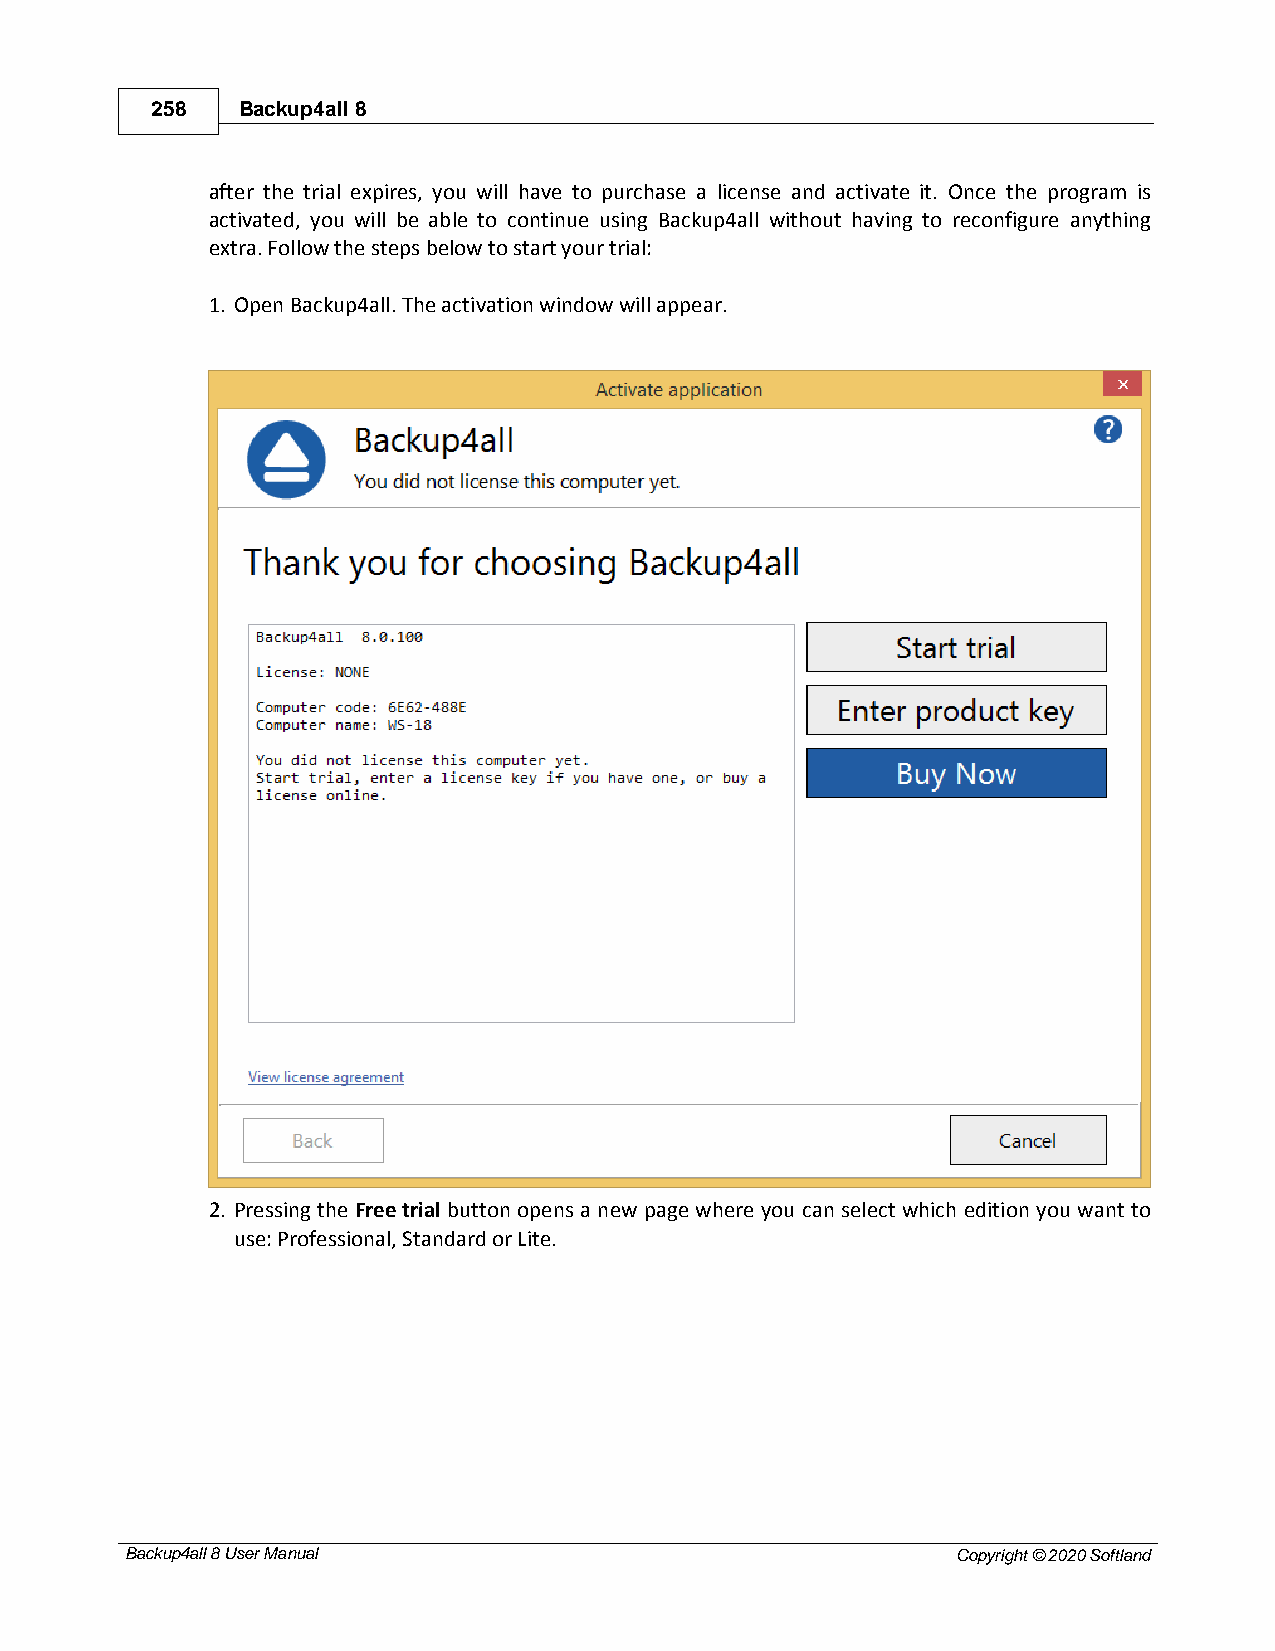
258   Backup4all 8
 after the trial expires, you will have to purchase a license and activate it. Once the program is
 activated, you will be able to continue using Backup4all without having to reconfigure anything
 extra. Follow the steps below to start your trial:
 1. Open Backup4all. The activation window will appear.
 2. Pressing the Free trial button opens a new page where you can select which edition you want to
 use: Professional, Standard or Lite.
 Backup4all 8 User Manual                               Copyright © 2020 Softland